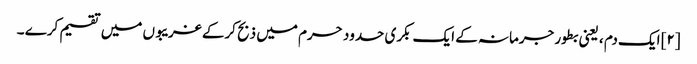
[۲] ایک دم ، یعنی بطور جرمانہ کے ایک بکری حدود حرم میں ذبح کرکے غریبوں میں تقسیم کرے ۔